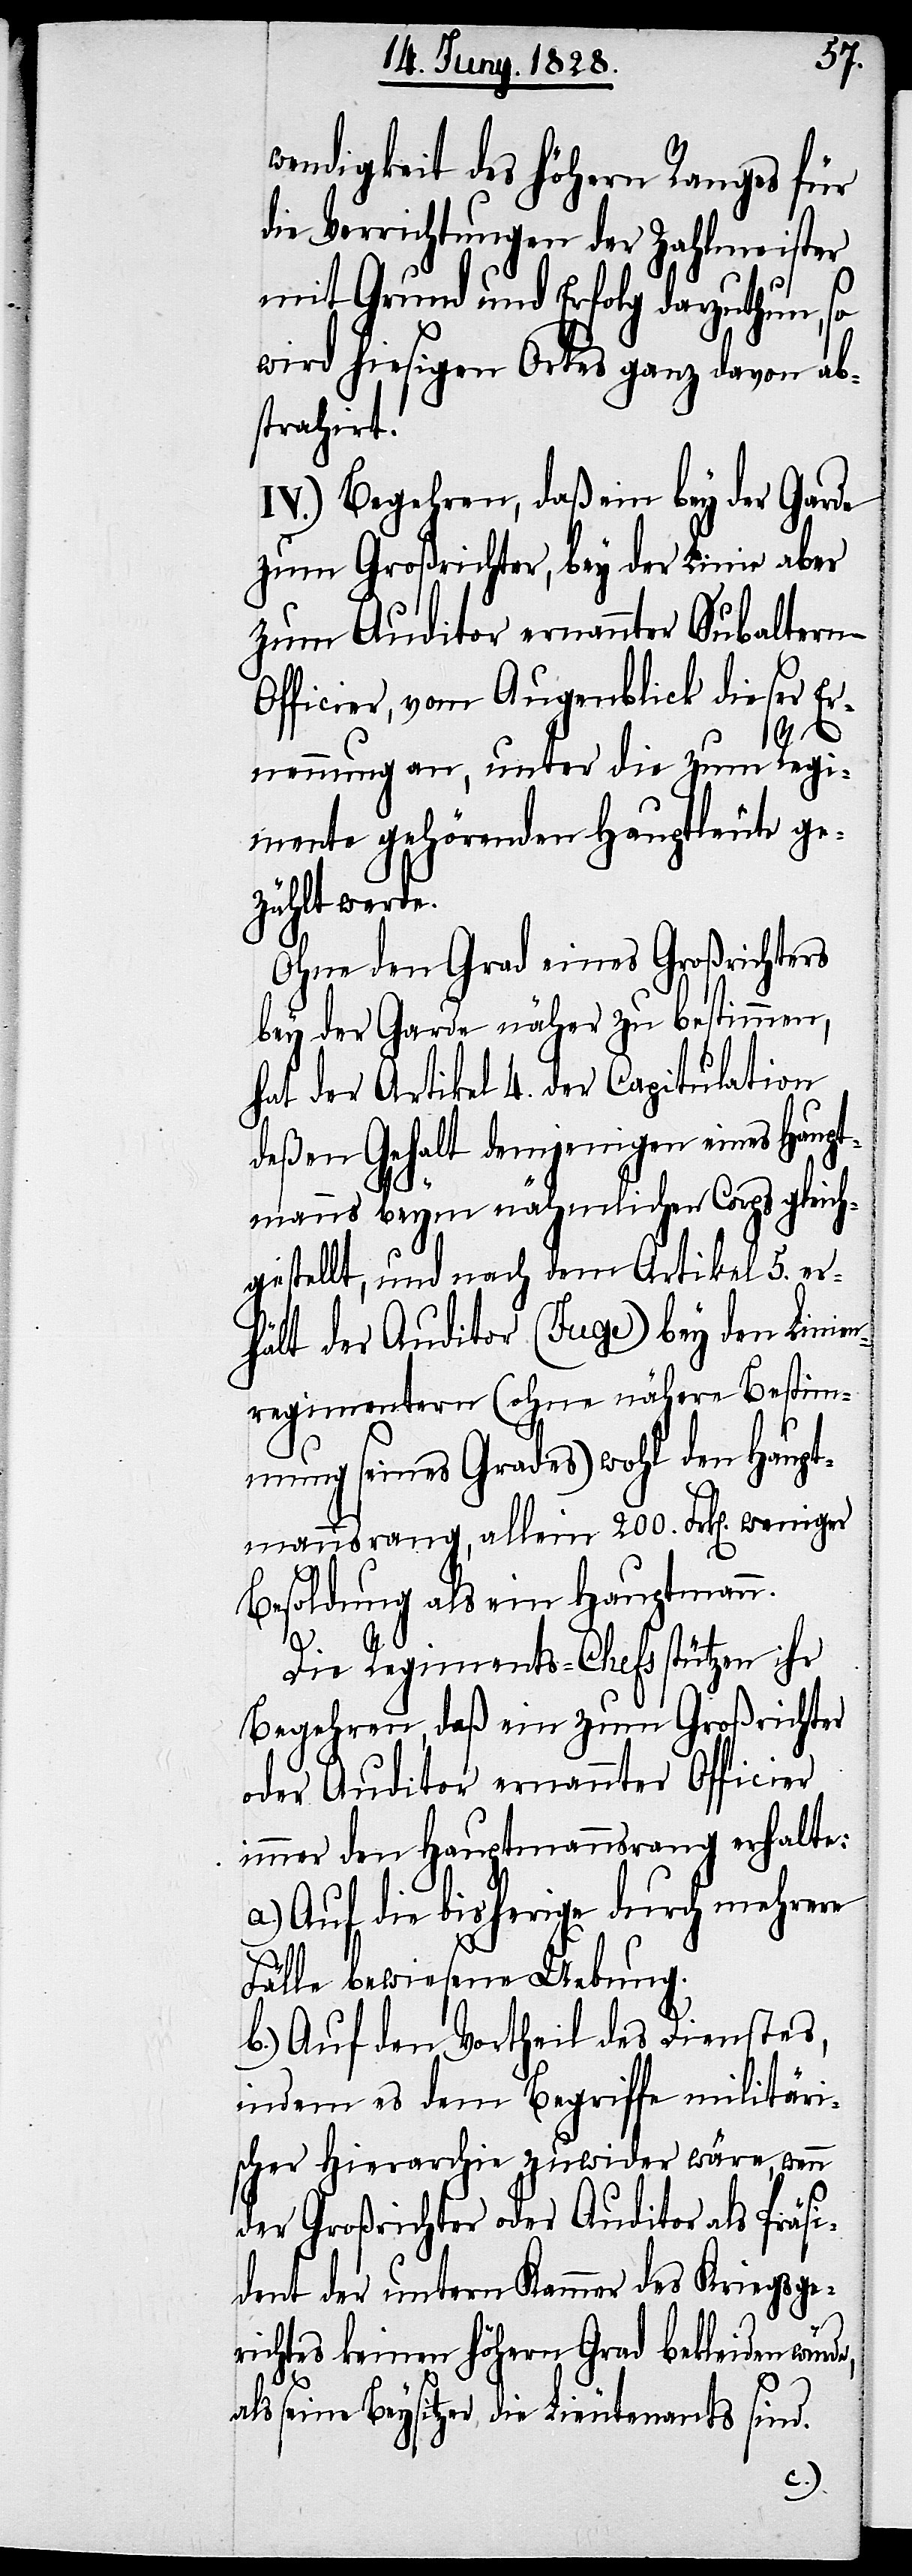
wendigkeit des höhern Ranges für
die Verrichtungen der Zahlmeister
mit Grund und Erfolg darzuthun, so
wird hiesigen Ortes ganz davon ab¬
strahirt.
IV.) Begehren, daß ein bey der Garde
zum Großrichter, bey der Linie aber
zum Auditor ernannter Subaltern-O¬
fficier, vom Augenblick dieser Er¬
nennung an, unter die zum Regi¬
mente gehörenden Hauptleute ge¬
zählt werde.
Ohne den Grad eines Großrichters
bey der Garde näher zu bestimmen,
hat der Artikel 4. der Capitulation
deßen Gehalt demjenigen eines Haupt¬
manns beym nähmlichen Corps gleich¬
gestellt, und nach dem Artikel 5. er¬
hält der Auditor (Juge) bey den Linien¬
regimentern (ohne nähere Bestimm¬
ung seines Grades) wohl den Haupt¬
mannsrang, allein 200. Frk[en]. weniger
Besoldung als ein Hauptmann.
Die Regiments-Chefs stützen ihr
Begehren, daß ein zum Großrichter
oder Auditor ernannter Officier
immer den Hauptmannsrang erhalte:
a.) Auf die bisherige durch mehrere
Fälle bewiesene Uebung.
b.) Auf den Vortheil des Dienstes,
indem es dem Begriffe militäri¬
scher Hierarchie zuwider wäre, wenn
der Großrichter oder Auditor als Präsi¬
dent der untern Kammer des Kriegsge¬
richtes keinen höhern Grad bekleiden würd¬
e,
als seine Beysitzer die Lieutenants sind.